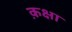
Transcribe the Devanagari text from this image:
क़क्षा